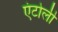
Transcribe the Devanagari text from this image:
एंटोली